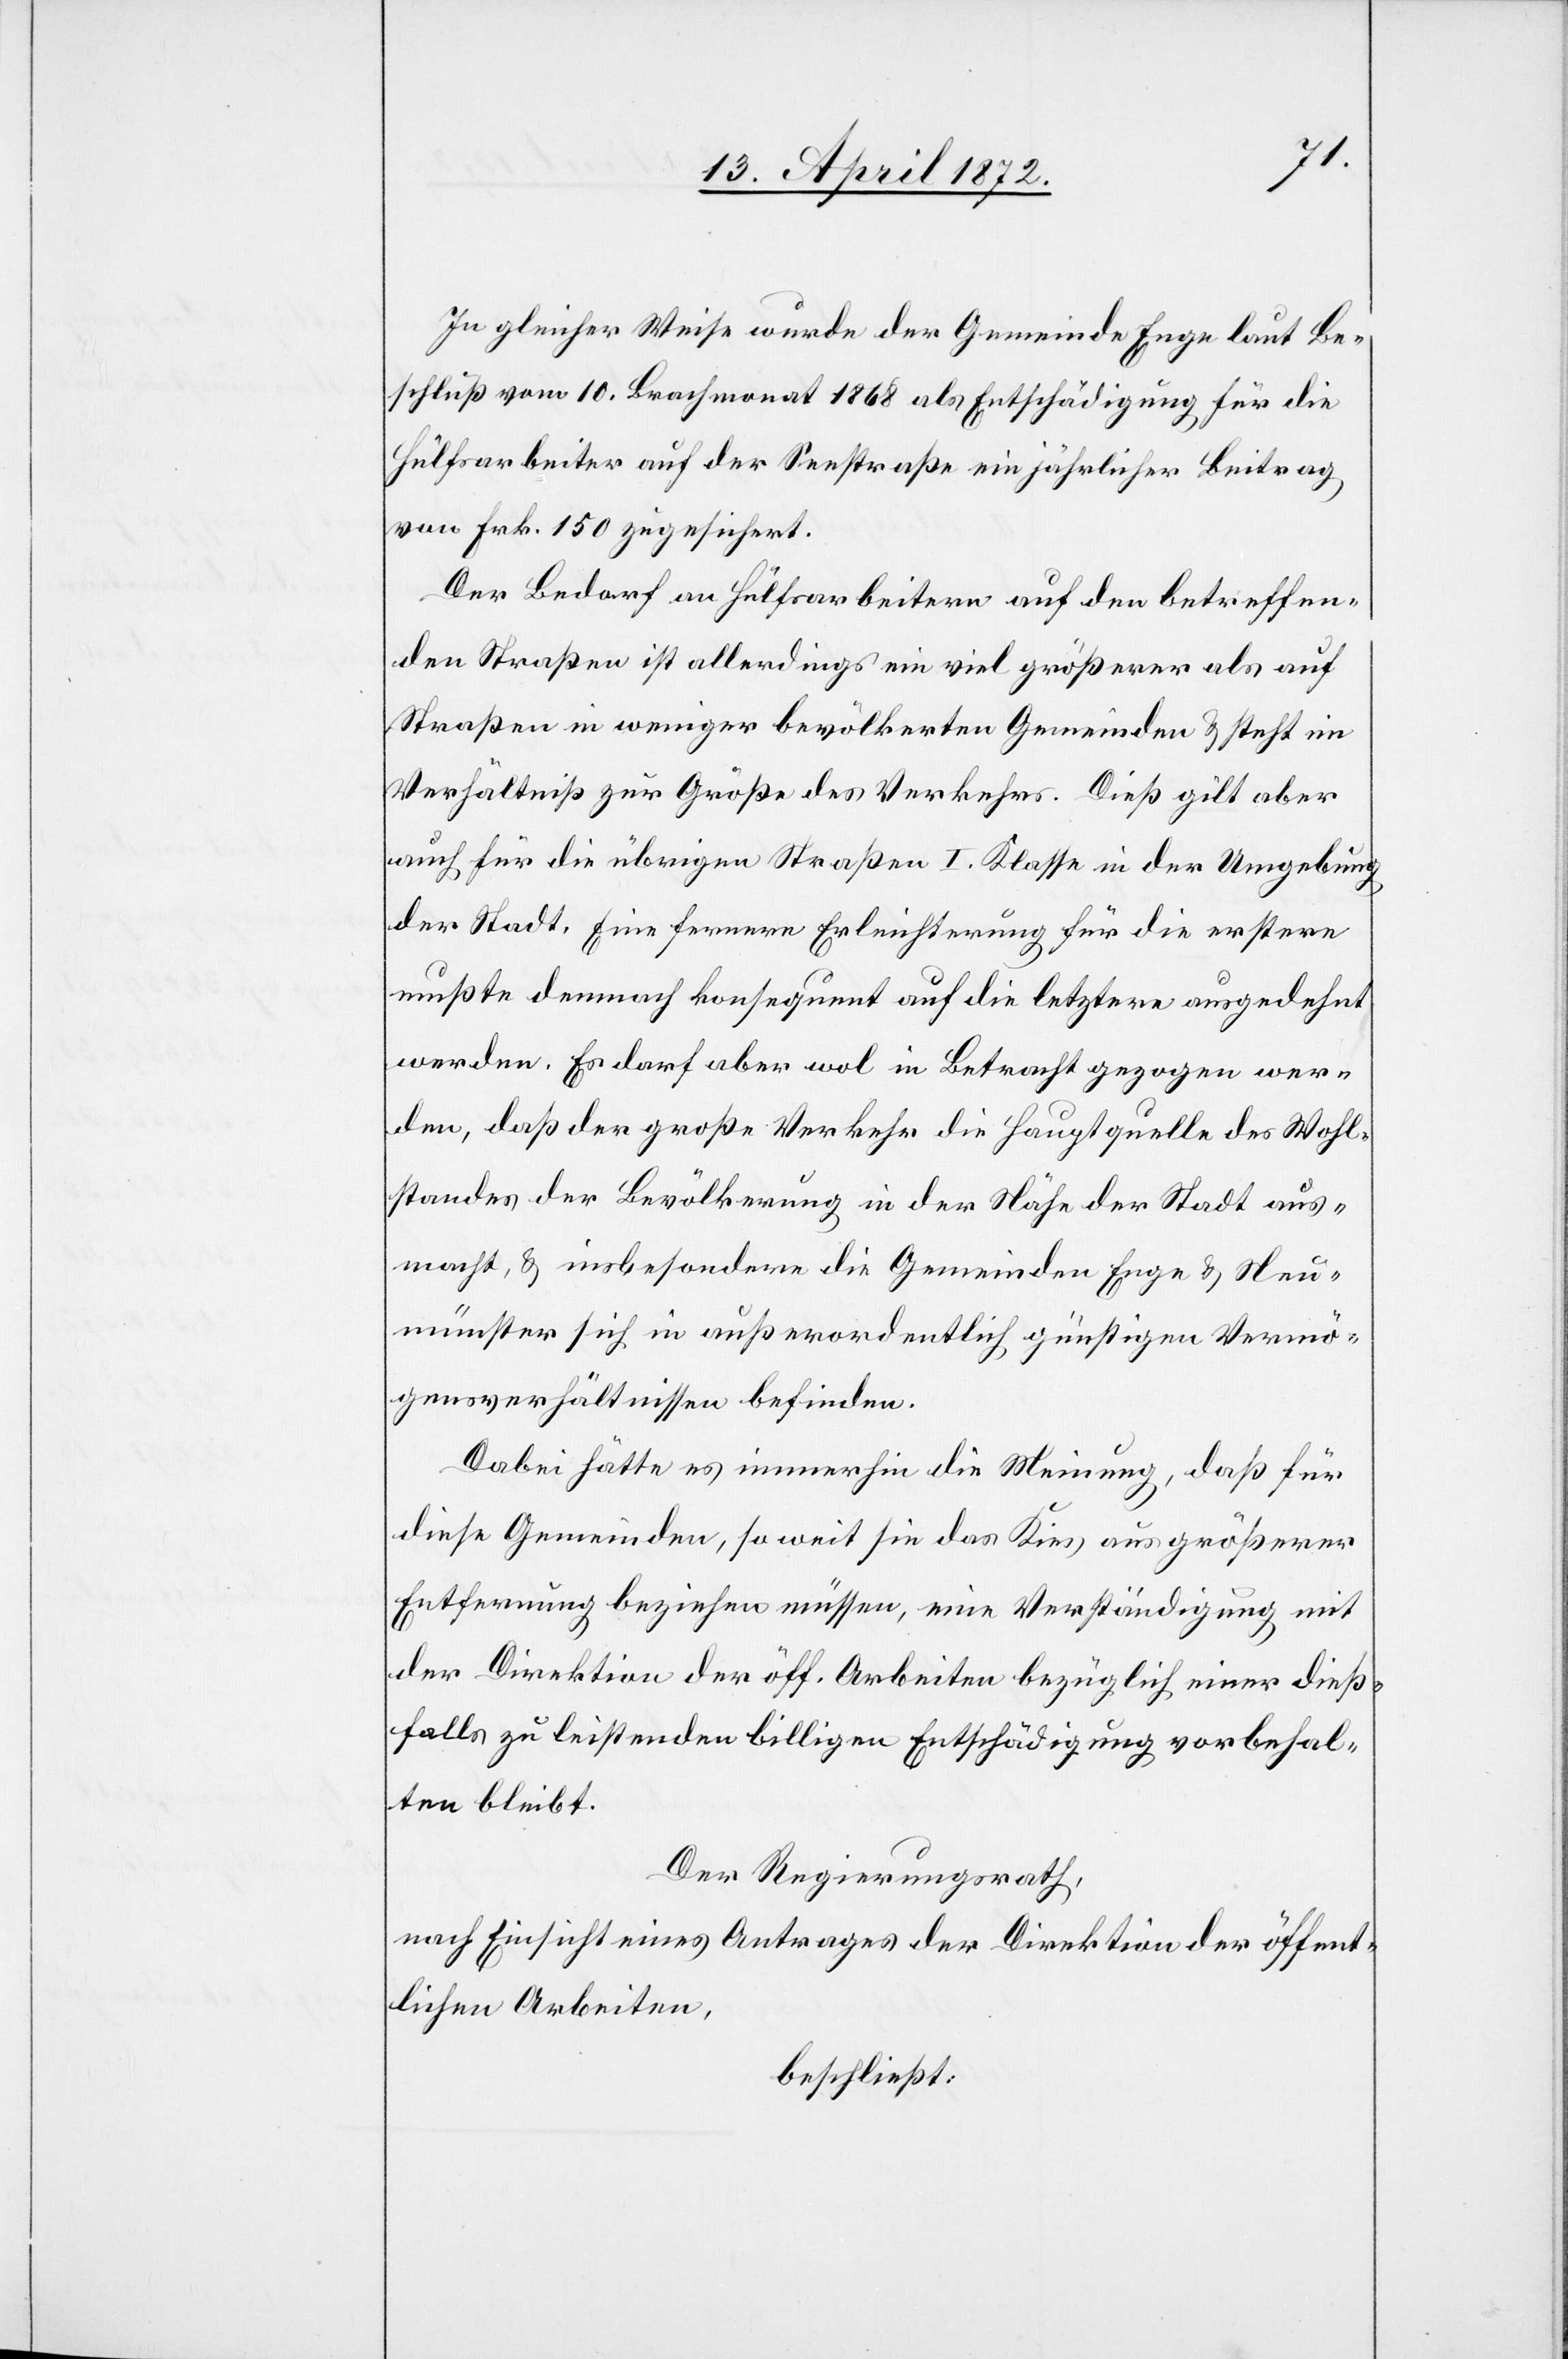
In gleicher Weise wurde der Gemeinde Enge laut Be¬
schluß vom 10. Brachmonat 1868 als Entschädigung für die
Hülfsarbeiten auf der Seestraße ein jährlicher Beitrag
von Frk. 150 zugesichert.
Der Bedarf an Hülfsarbeitern auf den betreffen¬
den Straßen ist allerdings ein viel größerer als auf
Straßen in weniger bevölkerten Gemeinden u. steht im
Verhältniß zur Größe des Verkehrs. Dieß gilt aber
auch für die übrigen Straßen I. Klasse in der Umgebung
der Stadt. Eine fernere Erleichterung für die erstere
mußte demnach konsequent auf die letztere ausgedehnt
werden. Es darf aber wol in Betracht gezogen wer¬
den, daß der große Verkehr die Hauptquelle des Wohl¬
standes der Bevölkerung in der Nähe der Stadt aus¬
macht, u. insbesondere die Gemeinden Enge u. Neu¬
münster sich in außerordentlich günstigen Vermö¬
gensverhältnissen befinden.
Dabei hätte es immerhin die Meinung, daß für
diese Gemeinden, so weit sie das Kies aus größerer
Entfernung beziehen müssen, eine Verständigung mit
der Direktion der öff. Arbeiten bezüglich einer dieß¬
falls zu leistenden billigen Entschädigung vorbehal¬
ten bleibt.
Der Regierungsrath,
nach Einsicht eines Antrages der Direktion der öffent¬
lichen Arbeiten,
beschließt: